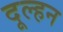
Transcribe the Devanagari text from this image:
दूल्हन